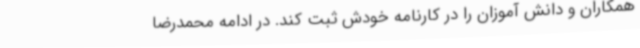
همکاران و دانش آموزان را در کارنامه خودش ثبت کند. در ادامه محمدرضا